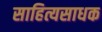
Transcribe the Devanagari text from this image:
साहित्यसाधक